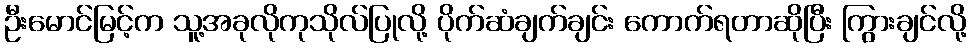
ဦးမောင်မြင့်က သူ့အခုလိုကုသိုလ်ပြုလို့ ပိုက်ဆံချက်ချင်း ကောက်ရတာဆိုပြီး ကြွားချင်လို့